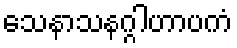
သေနာသနဂ္ဂါဟာပကံ